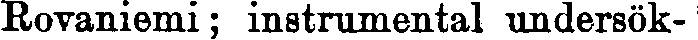
Rovaniemi; instrumental undersök-